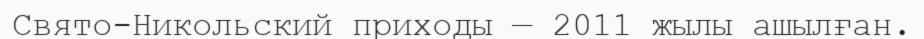
Свято-Никольский приходы — 2011 жылы ашылған.